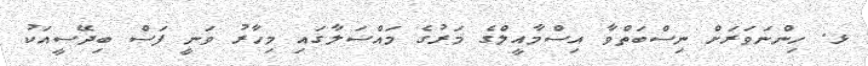
ޅ. ހިންނަވަރަށް ނިސްބަތްވާ އިސްމާއީލްގެ މަރުގެ މައްސަލާގައި މިހާރު ވަނީ ފަސް ބިދޭސީއަކު